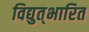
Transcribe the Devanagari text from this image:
विद्युत्‌भारित